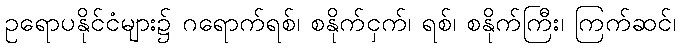
ဥရောပနိုင်ငံများ၌ ဂရောက်ရစ်၊ စနိုက်ငှက်၊ ရစ်၊ စနိုက်ကြီး၊ ကြက်ဆင်၊